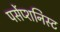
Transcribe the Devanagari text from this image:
पर्सेप्शनिस्ट